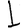
Digit: 1